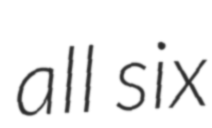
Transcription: all six